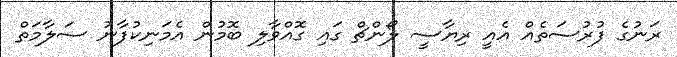
ރަނުގެ ފުރުސަތެއް އެއީ ރިޔާސީ ލޯންޗް ގައި ގޮއްވާލި ބޮމުން އެމަނިކުފާނު ސަލާމަތް